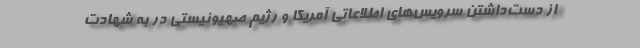
از دست‌داشتن سرویس‌های اطلاعاتی آمریکا و رژیم صهیونیستی در به شهادت